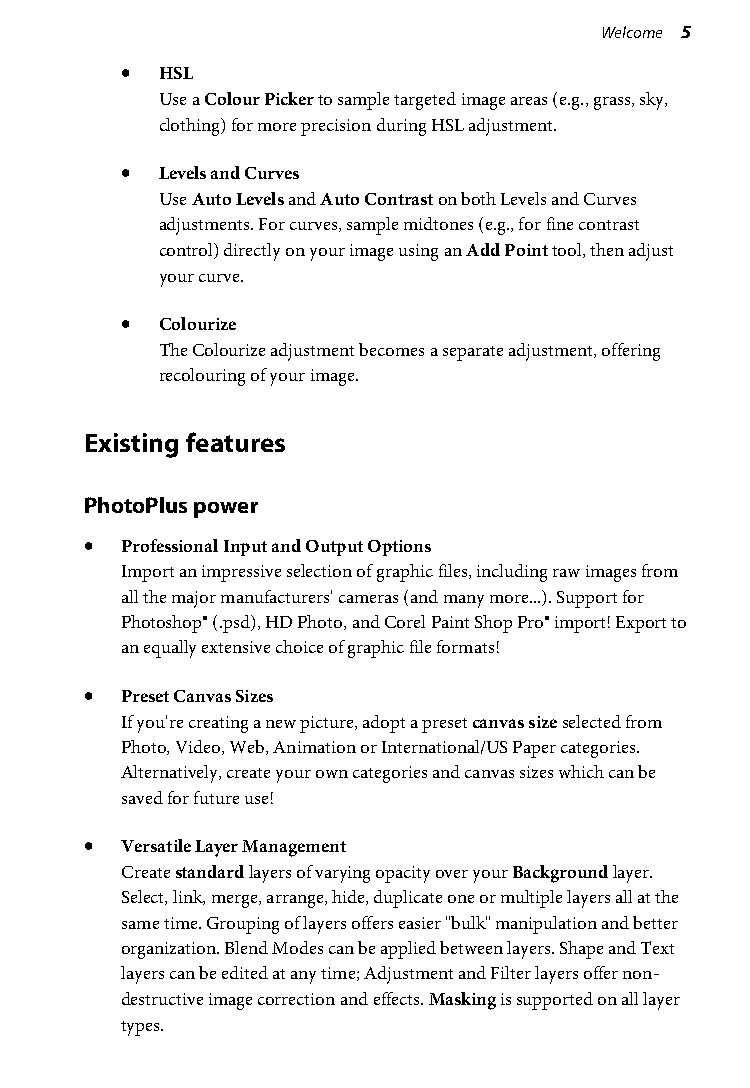
Welcome 5
 •  HSL
 Use a Colour Picker to sample targeted image areas (e.g., grass, sky,
 clothing) for more precision during HSL adjustment.
 •  Levels and Curves
 Use Auto Levels and Auto Contrast on both Levels and Curves
 adjustments. For curves, sample midtones (e.g., for fine contrast
 control) directly on your image using an Add Point tool, then adjust
 your curve.
 •  Colourize
 The Colourize adjustment becomes a separate adjustment, offering
 recolouring of your image.
 Existing features
 PhotoPlus power
 • Professional Input and Output Options
 Import an impressive selection of graphic files, including raw images from
 all the major manufacturers' cameras (and many more...). Support for
 Photoshop® (.psd), HD Photo, and Corel Paint Shop Pro® import! Export to
 an equally extensive choice of graphic file formats!
 • Preset Canvas Sizes
 If you're creating a new picture, adopt a preset canvas size selected from
 Photo, Video, Web, Animation or International/US Paper categories.
 Alternatively, create your own categories and canvas sizes which can be
 saved for future use!
 • Versatile Layer Management
 Create standard layers of varying opacity over your Background layer.
 Select, link, merge, arrange, hide, duplicate one or multiple layers all at the
 same time. Grouping of layers offers easier "bulk" manipulation and better
 organization. Blend Modes can be applied between layers. Shape and Text
 layers can be edited at any time; Adjustment and Filter layers offer non-
 destructive image correction and effects. Masking is supported on all layer
 types.